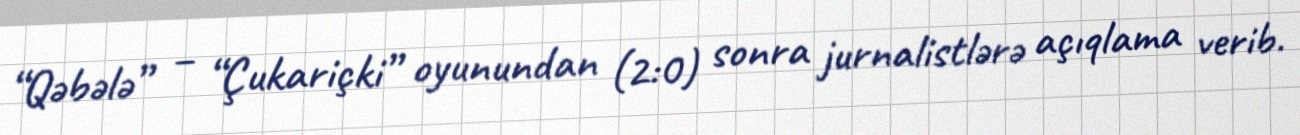
“Qəbələ” – “Çukariçki” oyunundan (2:0) sonra jurnalistlərə açıqlama verib.